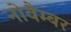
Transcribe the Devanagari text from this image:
नोवैम्बर